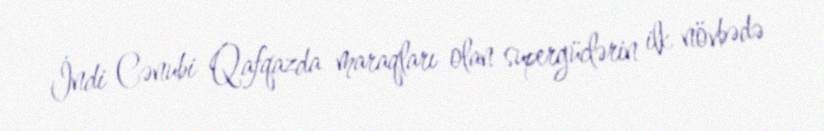
İndi Cənubi Qafqazda maraqları olan supergüclərin ilk növbədə